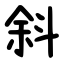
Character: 斜